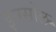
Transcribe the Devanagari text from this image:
इनसोल